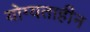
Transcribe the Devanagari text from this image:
योग्यताहीन